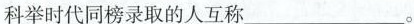
科举时代同榜录取的人互称___。